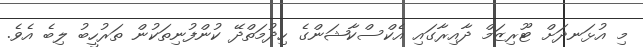
މި އުޅަނދަށް ޓޫރިޒަމް ދާއިރާގައި އެކްސްކާޝަންގެ ހިދުމަތްދޭ ކުންފުނިތަކުން ތަރުހީބު ލިބެ އެވެ.